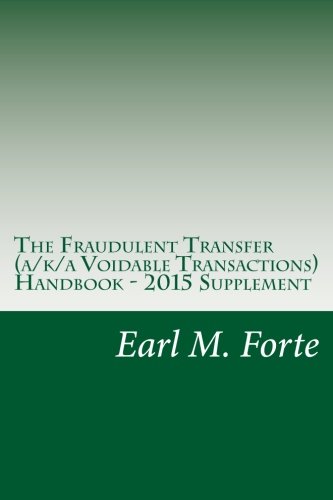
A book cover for The Fraudulent Transfer (a/k/a Voidable Transactions) Handbook - 2015 Supplement: Fraudulent Transfer Handbook (Volume 1); Earl M. Forte; Law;